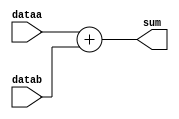
module adder(
  input [15:0] dataa, datab,
  output [15:0] sum
);

  assign sum = dataa + datab;

endmodule

// testbench
module Adder16_bitTestBench;
  
  reg [15:0] dataa;
  reg [15:0] datab;
  
  wire [15:0] sum;
  
  adder dut(
    .dataa(dataa),
    .datab(datab),
    .sum(sum)
  );
  
  initial begin

#10 
dataa = 8'b 0000_1111;
datab = 8'b 0110_1000;
#10    
dataa = 8'b 0011_1100;
datab = 8'b 0100_1000;
#10     
dataa = 8'b 0000_0000;
datab = 8'b 0000_1111;  
  
  end
  
endmodule